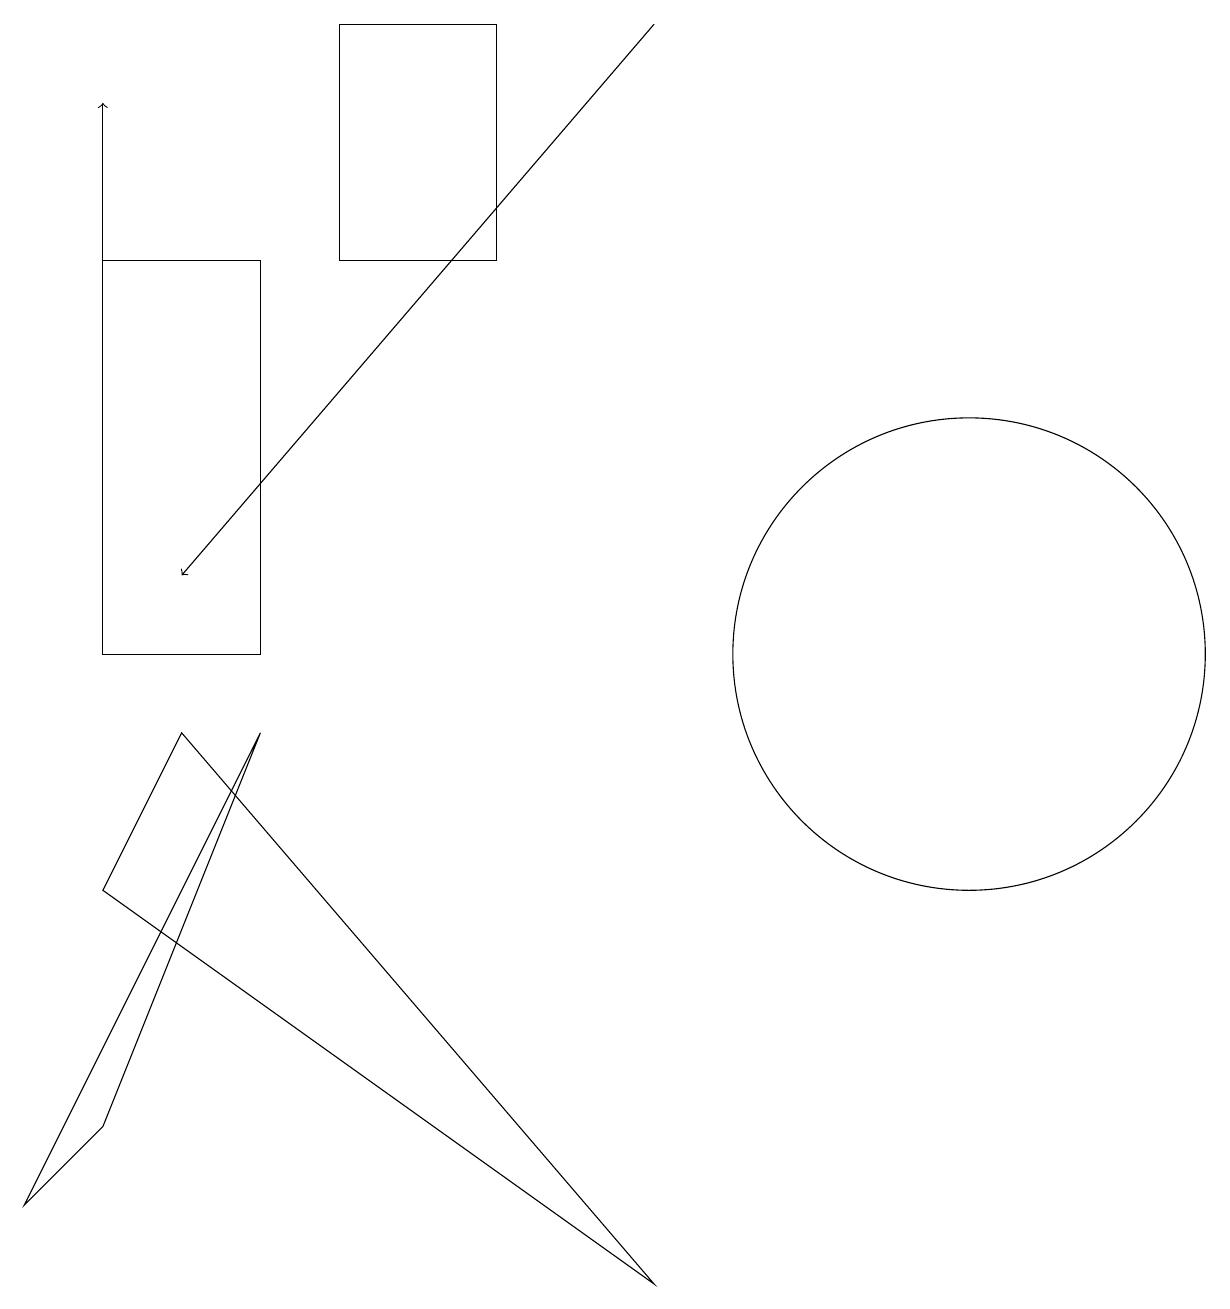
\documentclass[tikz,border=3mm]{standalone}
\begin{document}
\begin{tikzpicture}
\draw (12,10) circle (3);
\draw (2,9) -- (8,2) -- (1,7) -- cycle;
\draw (3,9) -- (1,4) -- (0,3) -- cycle;
\draw[->] (8,18) -- (2,11);
\draw (1,15) rectangle (3,10);
\draw[->] (1,14) -- (1,17);
\draw (4,18) rectangle (6,15);
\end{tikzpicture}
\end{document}